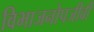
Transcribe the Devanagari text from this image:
विभाजनोपजीवी